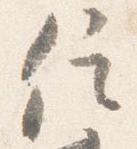
信